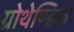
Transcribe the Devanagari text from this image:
ग्रोथेण्डिक